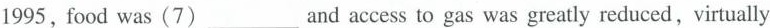
1995, food was (7) ___ and access to gas was greatly reduced, virtually